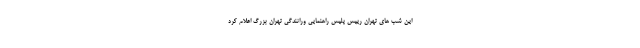
این شب ‌های تهران رییس پلیس راهنمایی ورانندگی تهران بزرگ اعلام کرد